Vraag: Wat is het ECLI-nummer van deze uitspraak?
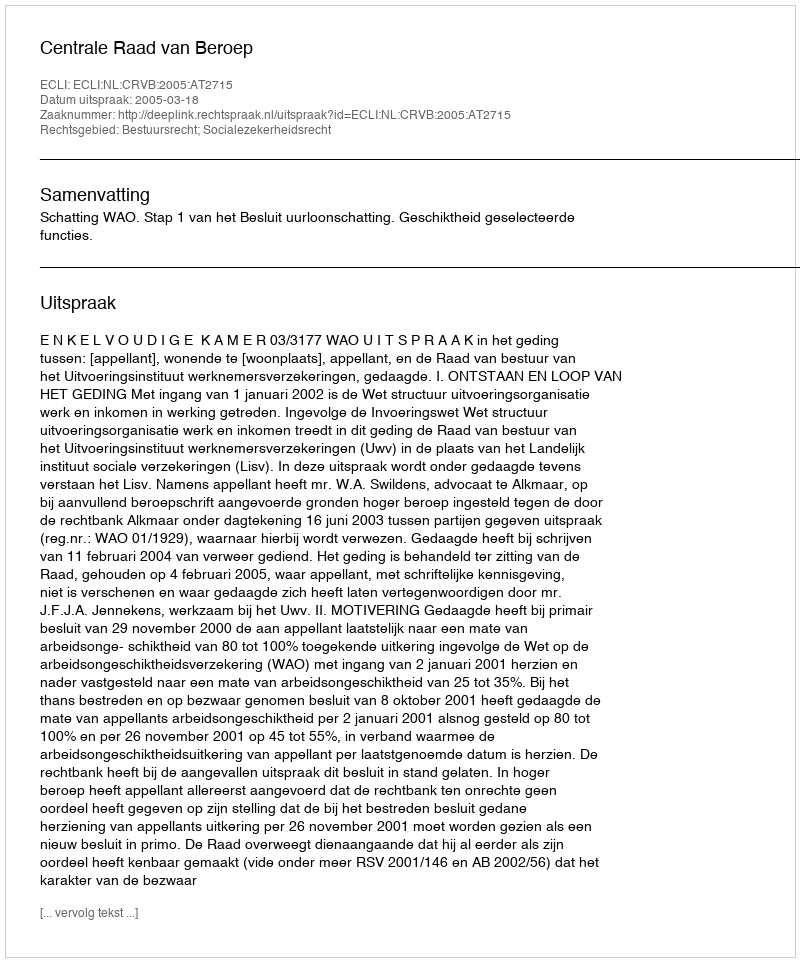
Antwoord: ECLI:NL:CRVB:2005:AT2715